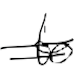
Text: to
Cross-out: mix
Writing tool: digital_black